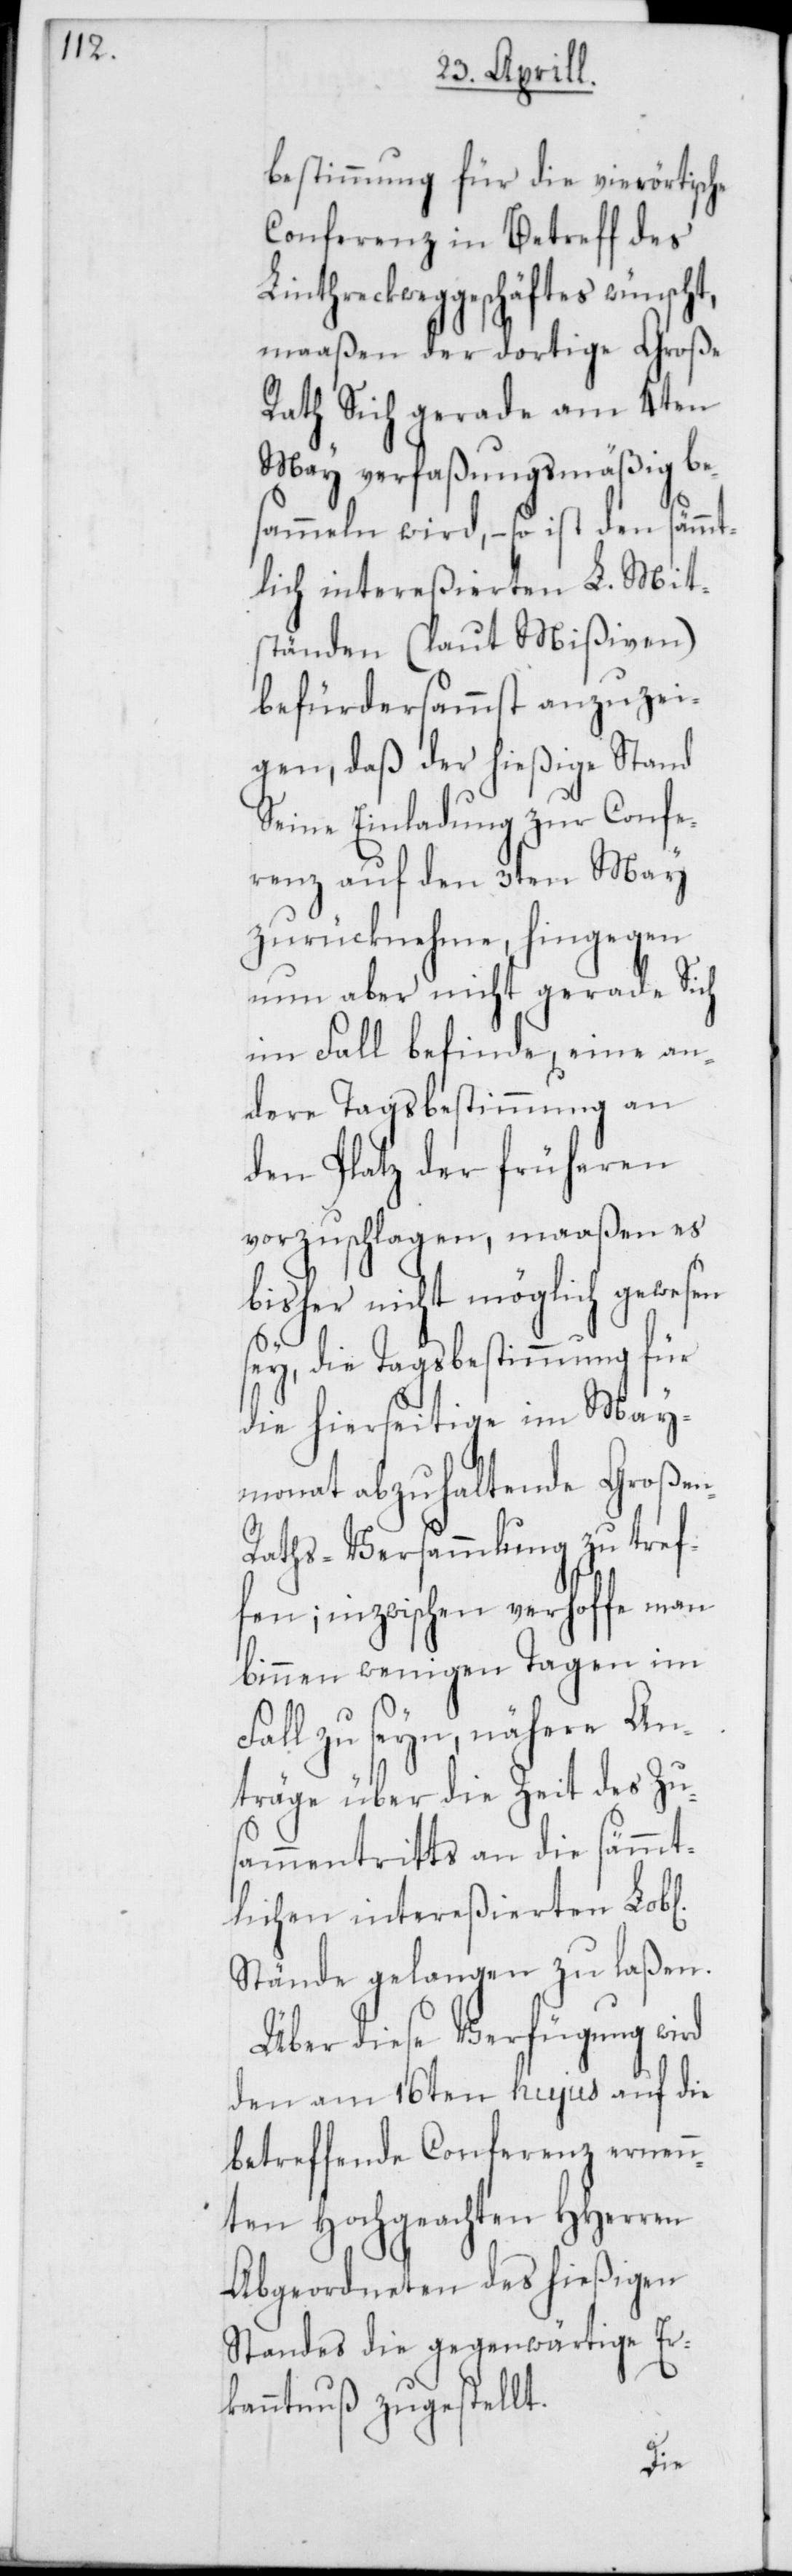
n-R¬

bestimmung für die vierörtische
Conferenz in Betreff des
Linthreckweggeschäftes wünscht,
maaßen der dortige Große
Rath sich gerade am 4ten
May verfaßungsmäßig be¬
sammeln wird, – so ist den sämmt¬
lich intereßierten L. Mit¬
ständen (laut Mißiven)
befürdersammst anzuzei¬
gen, daß der hießige Stand
Seine Einladung zur Confe¬
renz auf den 3ten May
zurücknehme, hingegen
nun aber nicht gerade Sich
im Fall befinde, eine an¬
dere Tagsbestimmung an
den Platz der früheren
vorzuschlagen, maaßen es
bisher nicht möglich gewesen
sey, die Tagsbestimmung für
die hierseitige im May¬
monat abzuhaltende Große¬
aths-Versammlung zu tref¬
fen; inzwischen verhoffe man
binnen wenigen Tagen im
Fall zu seyn, nähere An¬
träge über die Zeit des Zus¬
ammentritts an die sämmt¬
lichen intereßierten Lobl.
Stände gelangen zu laßen.
Über diese Verfügung wird
den am 16ten hujus auf die
betreffende Conferenz ernenn¬
ten Hochgeachten HHerren
Abgeordneten des hießigen
Standes die gegenwärtige Er¬
kanntnus zugestellt.